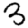
Digit: 3